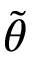
\Tilde { \theta }